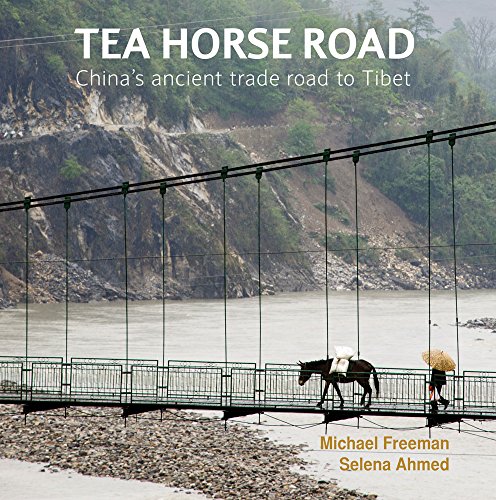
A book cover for Tea Horse Road: China's Ancient Trade Road to Tibet; Michael Freeman; History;